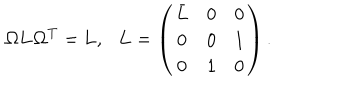
{ \bf \Omega } { \bf L } { \bf \Omega } ^ { T } = { \bf L } , \ \ \ { \bf L } = \left( \begin{matrix} { { \bar { L } } } & { { 0 } } & { { 0 } } \\ { { 0 } } & { { 0 } } & { { 1 } } \\ { { 0 } } & { { 1 } } & { { 0 } } \\ \end{matrix} \right) .